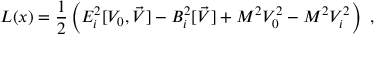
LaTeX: { \cal L } ( x ) = { \frac { 1 } { 2 } } \left( E _ { i } ^ { 2 } [ V _ { 0 } , \vec { V } ] - B _ { i } ^ { 2 } [ \vec { V } ] + M ^ { 2 } V _ { 0 } ^ { 2 } - M ^ { 2 } V _ { i } ^ { 2 } \right) ~ ,